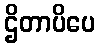
ဌိတာပိပေ